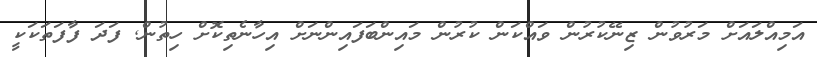
އަމިއްލައަށް މަރުވުން ޒިނޭކުރުން ވައްކަން ކުރުން މައިންބަފައިންނަށް އިހާނެތިކޮށް ހިތުން